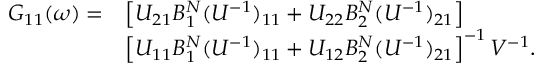
\begin{array} { r l } { G _ { 1 1 } ( \omega ) = } & { \left[ U _ { 2 1 } B _ { 1 } ^ { N } ( U ^ { - 1 } ) _ { 1 1 } + U _ { 2 2 } B _ { 2 } ^ { N } ( U ^ { - 1 } ) _ { 2 1 } \right] } \\ & { \left[ U _ { 1 1 } B _ { 1 } ^ { N } ( U ^ { - 1 } ) _ { 1 1 } + U _ { 1 2 } B _ { 2 } ^ { N } ( U ^ { - 1 } ) _ { 2 1 } \right] ^ { - 1 } V ^ { - 1 } . } \end{array}